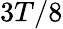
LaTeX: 3T/8